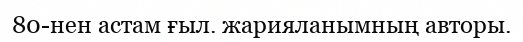
80-нен астам ғыл. жарияланымның авторы.